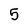
Character: 5